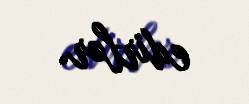
edirlər.